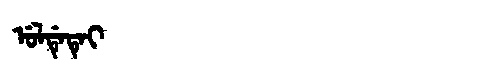
Manchu: ᡠᠯᡩᡝᡨᡝᡳ
Romanization: ULDETEI